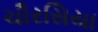
ચૌરસિયા